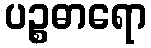
ပဉ္စဓာရော